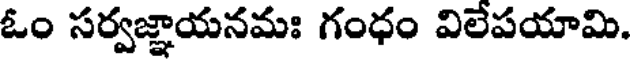
ఓం సర్వజ్ఞాయనమః గంధం విలేపయామి.